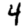
Digit: 4